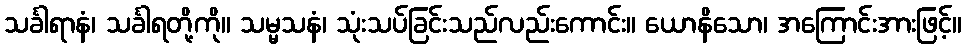
သင်္ခါရာနံ၊ သင်္ခါရတို့ကို။ သမ္မသနံ၊ သုံးသပ်ခြင်းသည်လည်းကောင်း။ ယောနိသော၊ အကြောင်းအားဖြင့်။